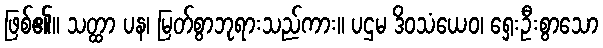
ဖြစ်၏။ သတ္ထာ ပန၊ မြတ်စွာဘုရားသည်ကား။ ပဌမ ဒိဝသံယေဝ၊ ရှေးဦးစွာသော